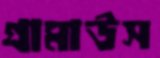
গ্রামাউস